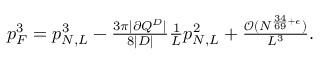
\begin{array} { r } { p _ { F } ^ { 3 } = p _ { N , L } ^ { 3 } - \frac { 3 \pi | \partial Q ^ { D } | } { 8 | D | } \frac { 1 } { L } p _ { N , L } ^ { 2 } + \frac { \mathcal { O } ( N ^ { \frac { 3 4 } { 6 9 } + \epsilon } ) } { L ^ { 3 } } . } \end{array}